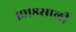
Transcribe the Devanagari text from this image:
१९१८साली